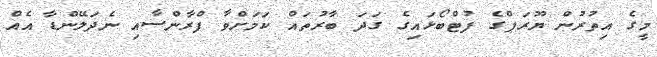
މީގެ އިތުރުން ޔޫރަޕްގެ ފުޓްބޯޅައިގެ ގަދަ ބާރުތައް ކަމަށްވާ ފްރާންސާއި ނެދަލޭންޑާ އެއް